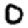
Digit: 0